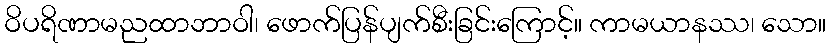
ဝိပရိဏာမညထာဘာဝါ၊ ဖောက်ပြန်ပျက်စီးခြင်းကြောင့်။ ကာမယာနဿ၊ သော။